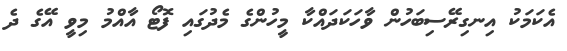
އެކަމަކު އިނގިރޭސިބަހުން ވާހަކަދައްކާ މީހުންގެ މެދުގައި ފޮޓޯ އާއްމު މިވީ އޭގެ ދެ